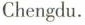
Chengdu.